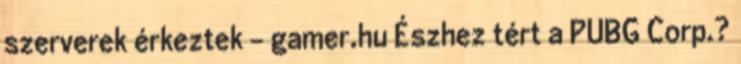
szerverek érkeztek - gamer.hu Észhez tért a PUBG Corp.?